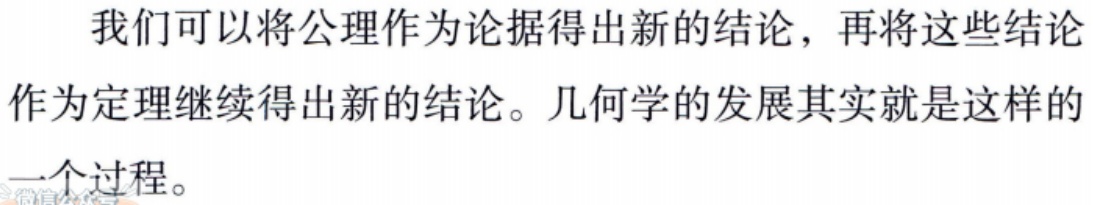
我们可以将公理作为论据得出新的结论，再将这些结论作为定理继续得出新的结论。几何学的发展其实就是这样的一个过程。